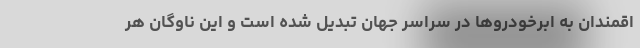
اقمندان به ابرخودرو‌ها در سراسر جهان تبدیل شده است و این ناوگان هر